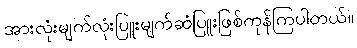
အားလုံးမျက်လုံးပြူးမျက်ဆံပြူးဖြစ်ကုန်ကြပါတယ်။